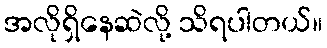
အလိုရှိနေဆဲလို့ သိရပါတယ်။